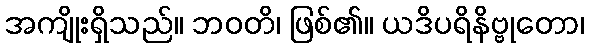
အကျိုးရှိသည်။ ဘဝတိ၊ ဖြစ်၏။ ယဒိပရိနိဗ္ဗုတော၊